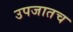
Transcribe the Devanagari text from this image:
उपजातच